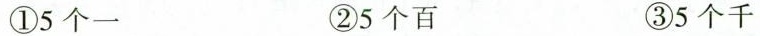
①5个一 ②5个百 ③5个千